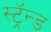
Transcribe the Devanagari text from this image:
स्ट्रॅन्ड